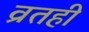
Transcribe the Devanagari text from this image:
व्रतही